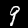
Digit: 9